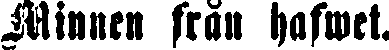
Minnen från hafwet.